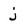
Character: j